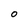
Character: O